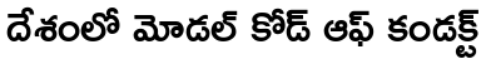
దేశంలో మోడల్ కోడ్ ఆఫ్ కండక్ట్